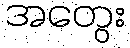
အတွေး